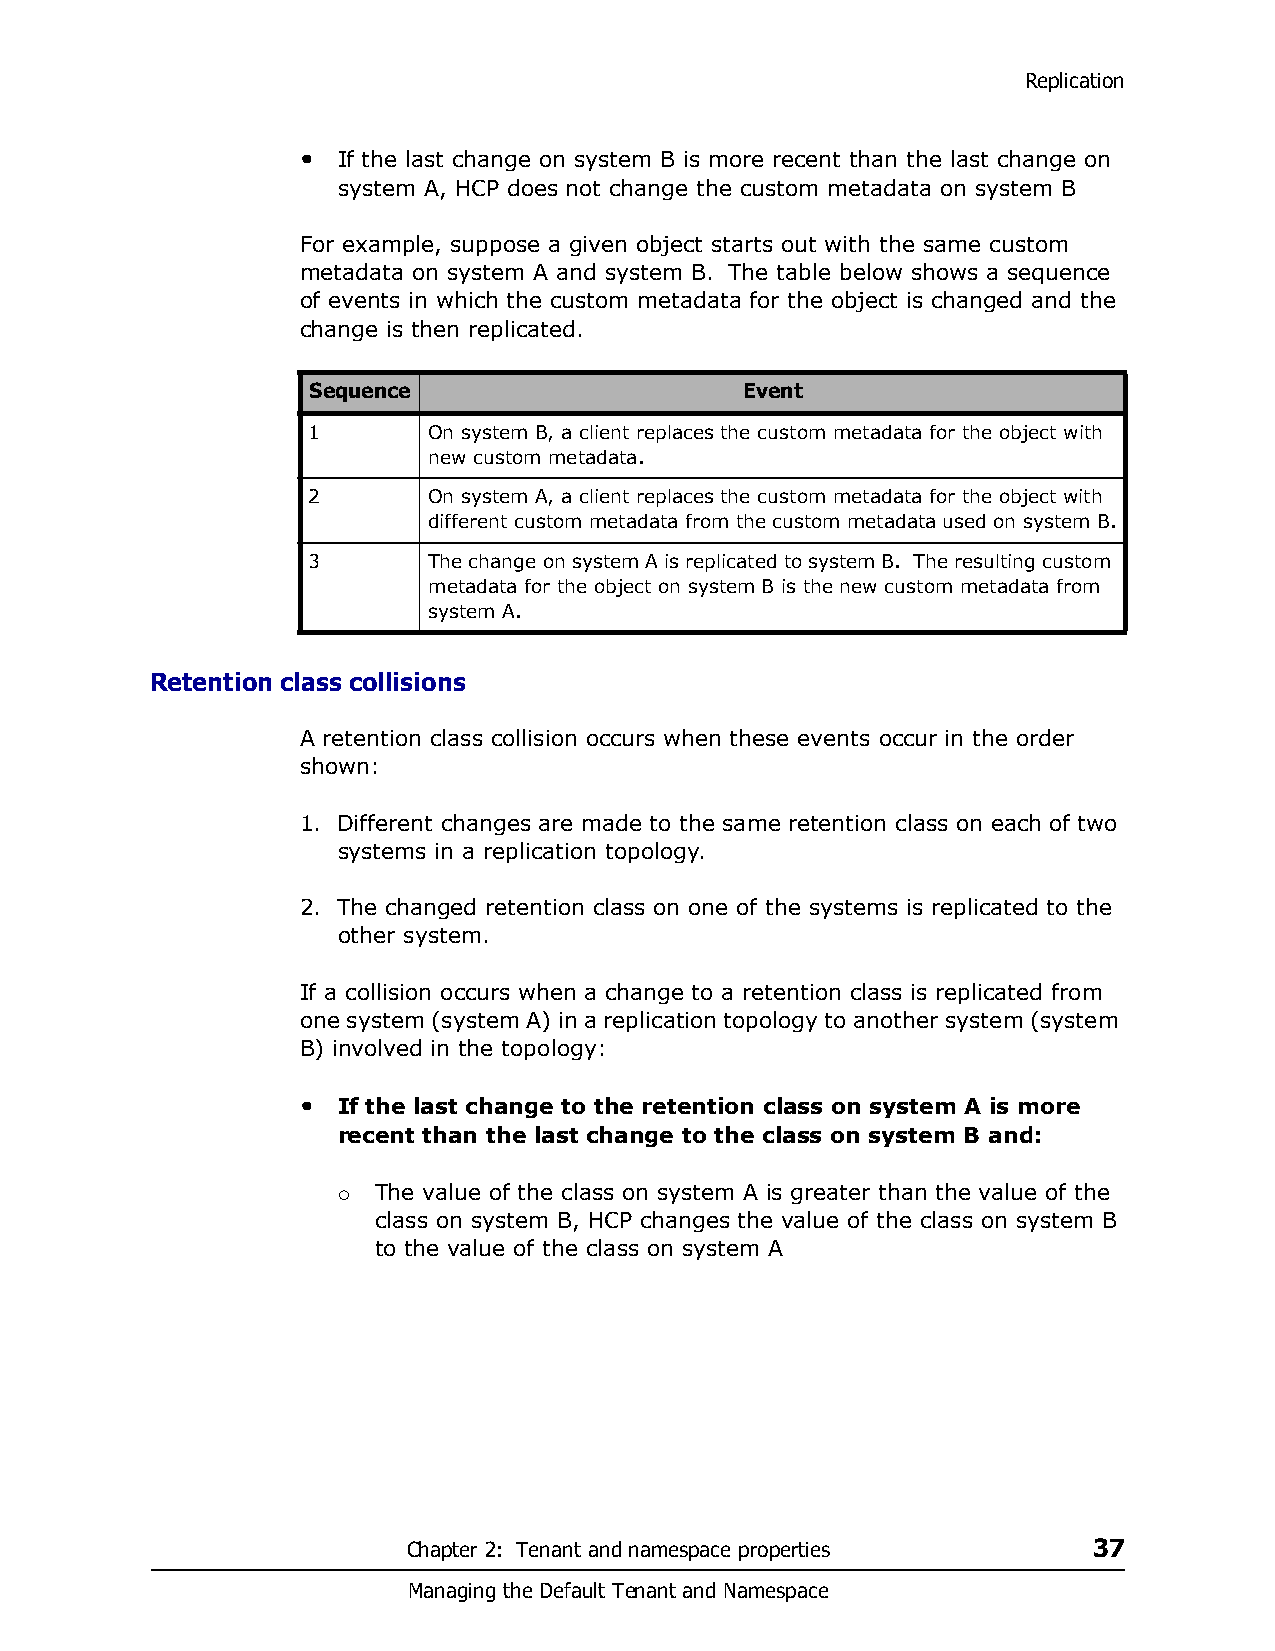
Replication
 • If the last change on system B is more recent than the last change on
 system A, HCP does not change the custom metadata on system B
 For example, suppose a given object starts out with the same custom
 metadata on system A and system B. The table below shows a sequence
 of events in which the custom metadata for the object is changed and the
 change is then replicated.
 Sequence                     Event
 1       On system B, a client replaces the custom metadata for the object with
 new custom metadata.
 2       On system A, a client replaces the custom metadata for the object with
 different custom metadata from the custom metadata used on system B.
 3       The change on system A is replicated to system B. The resulting custom
 metadata for the object on system B is the new custom metadata from
 system A.
 Retention class collisions
 A retention class collision occurs when these events occur in the order
 shown:
 1. Different changes are made to the same retention class on each of two
 systems in a replication topology.
 2. The changed retention class on one of the systems is replicated to the
 other system.
 If a collision occurs when a change to a retention class is replicated from
 one system (system A) in a replication topology to another system (system
 B) involved in the topology:
 • If the last change to the retention class on system A is more
 recent than the last change to the class on system B and:
 The value of the class on system A is greater than the value of the
 
 class on system B, HCP changes the value of the class on system B
 to the value of the class on system A
 Chapter 2: Tenant and namespace properties   37
 Managing the Default Tenant and Namespace